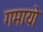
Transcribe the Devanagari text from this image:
गमायो